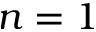
n = 1